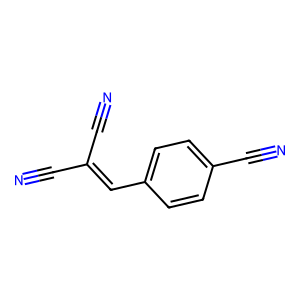
SMILES: N#CC(C#N)=Cc1ccc(C#N)cc1
Inhibits HIV replication: No